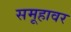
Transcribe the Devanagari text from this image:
समूहावर